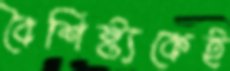
বৈশিষ্ট্যকেই